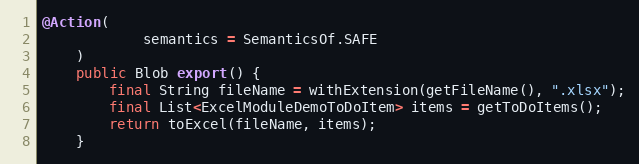
Language: Java
@Action(
            semantics = SemanticsOf.SAFE
    )
    public Blob export() {
        final String fileName = withExtension(getFileName(), ".xlsx");
        final List<ExcelModuleDemoToDoItem> items = getToDoItems();
        return toExcel(fileName, items);
    }